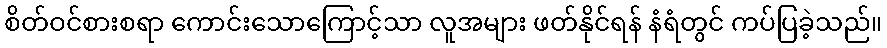
စိတ်ဝင်စားစရာ ကောင်းသောကြောင့်သာ လူအများ ဖတ်နိုင်ရန် နံရံတွင် ကပ်ပြခဲ့သည်။